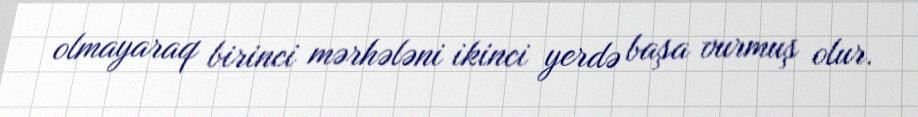
olmayaraq birinci mərhələni ikinci yerdə başa vurmuş olur.